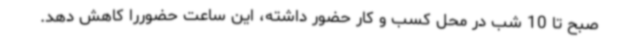
صبح تا 10 شب در محل کسب و کار حضور داشته، این ساعت حضوررا کاهش دهد.